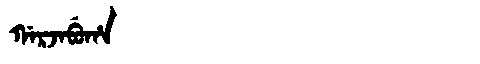
Manchu: ᡤᠠᡵᠵᠠᠪᡠᡥᠠ
Romanization: GARJABUHA